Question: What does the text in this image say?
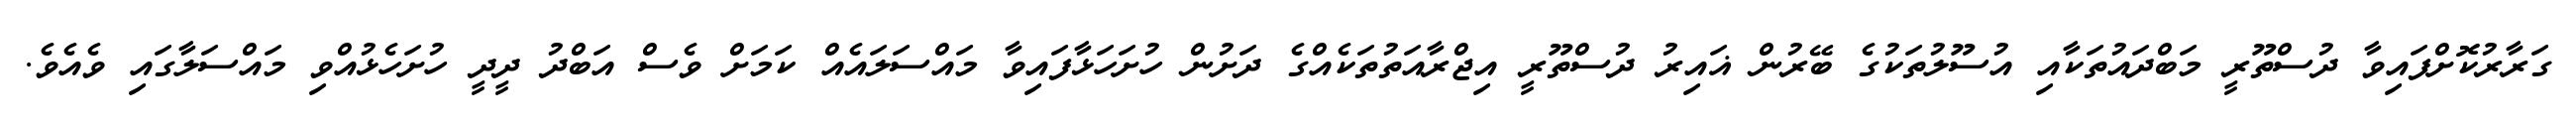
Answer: ގަރާރުކޮށްފައިވާ ދުސްތޫރީ މަބްދައުތަކާއި އުސޫލުތަކުގެ ބޭރުން ޣައިރު ދުސްތޫރީ އިޖްރާއަތުތަކެއްގެ ދަށުން ހުށަހަޅާފައިވާ މައްސަލައެއް ކަމަށް ވެސް އަބްދު ދީދީ ހުށަހެޅުއްވި މައްސަލާގައި ވެއެވެ.